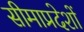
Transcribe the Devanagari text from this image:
सीमाप्रदेशों